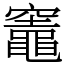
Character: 竈